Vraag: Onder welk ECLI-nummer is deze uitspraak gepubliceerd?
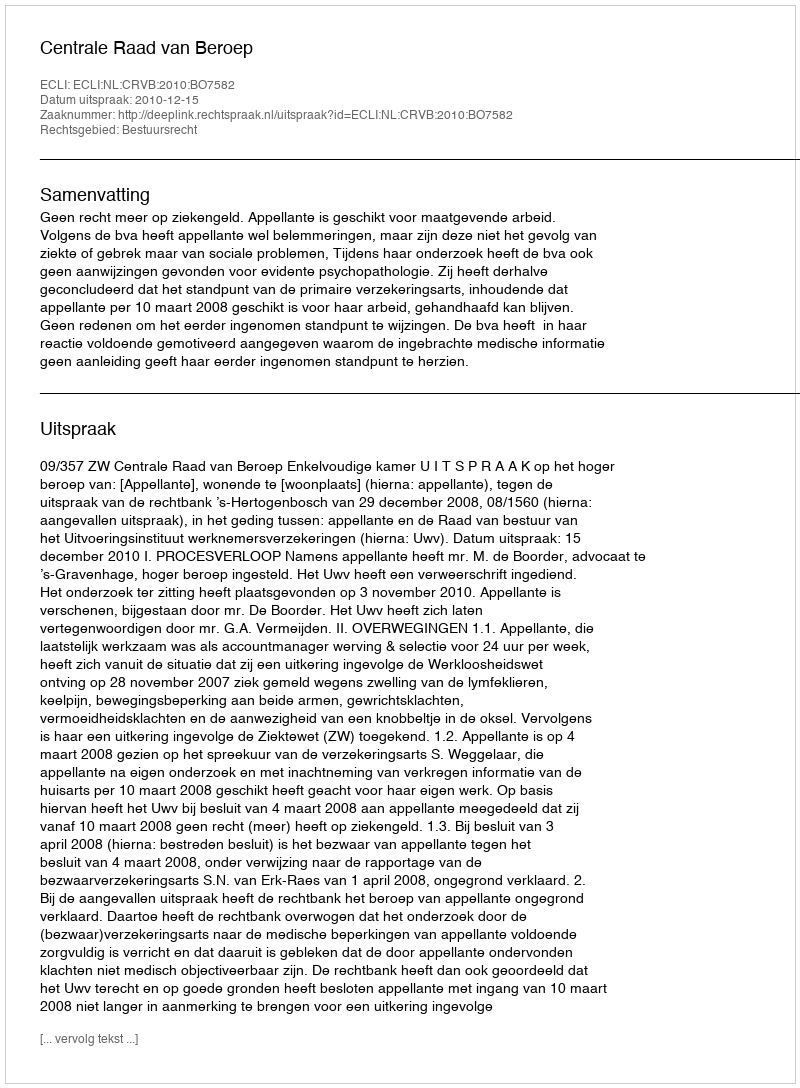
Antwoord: ECLI:NL:CRVB:2010:BO7582